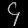
Digit: ၄